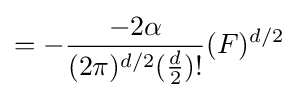
=-{\frac {-2\alpha }{(2\pi )^{d/2}({\frac {d}{2}})!}}(F)^{d/2}